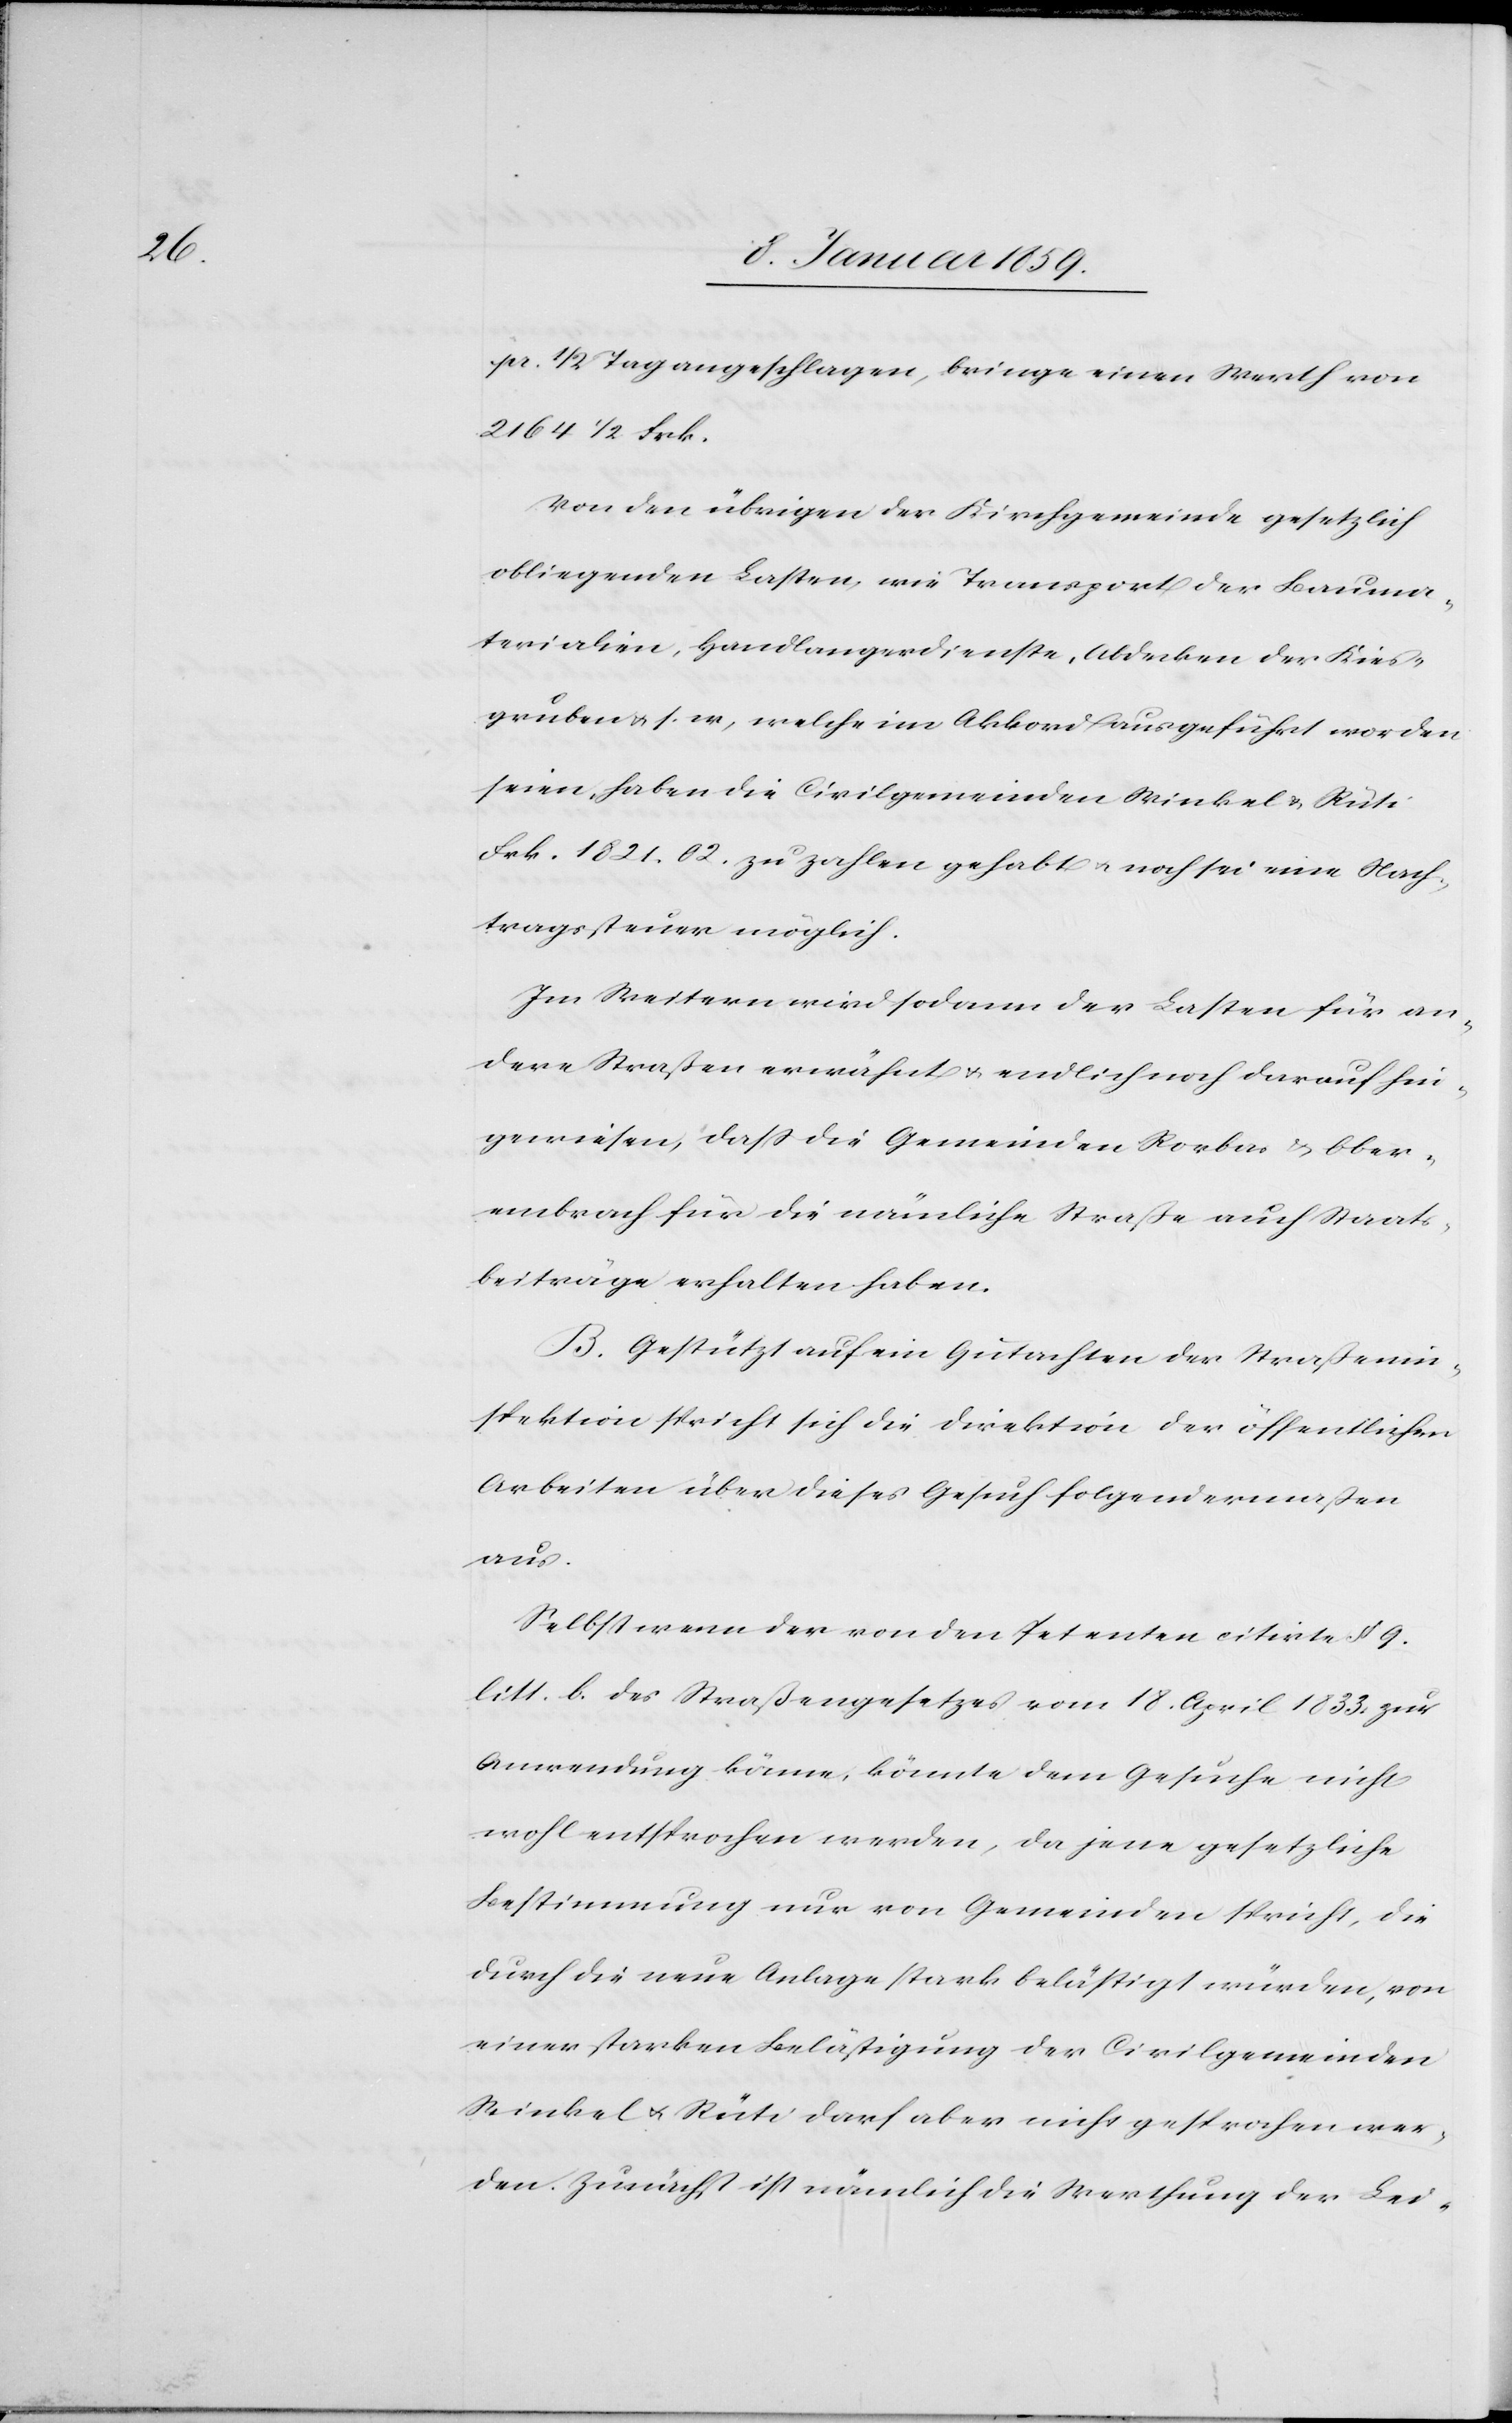
pr. 1/2 Tag angeschlagen, bringe einen Werth von
2164 1/2 Frk.
Von den übrigen der Kirchgemeinde gesetzlich
obliegenden Lasten, wie Transport der Bauma¬
terialien, Handlangerdienste, Abdecken der Kies¬
gruben u. s. w, welche im Akkord ausgeführt worden
seien, haben die Civilgemeinden Winkel u. Rüti
Frk. 1821.02. zu zahlen gehabt u. noch sei eine Nach¬
tragssteuer möglich.
Im Weitern wird sodann der Lasten für an¬
dere Straßen erwähnt u. endlich noch darauf hin¬
gewiesen, daß die Gemeinden Rorbas u. Ober¬
embrach für die nämliche Straße auch Staats¬
beiträge erhalten haben.
B. Gestützt auf ein Gutachten der Straßenin¬
spektion spricht sich die Direktion der öffentlichen
Arbeiten über dieses Gesuch folgendermaßen
aus.
Selbst wenn der von den Petenten citirte § 9.
litt. b. des Straßengesetzes vom 18. April 1833. zur
Anwendung käme, könnte dem Gesuche nicht
wohl entsprochen werden, da jene gesetzliche
Bestimmung nur von Gemeinden spricht, die
durch die neue Anlage stark belästigt würden, von
einer starken Belästigung der Civilgemeinden
Winkel u. Rüti darf aber nicht gesprochen wer¬
den. Zunächst ist nämlich die Werthung der Lei-